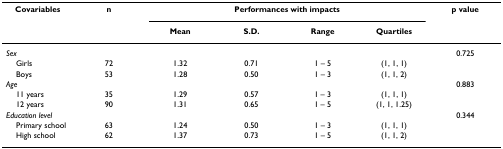
| Covariables | n | <COLSPAN=4> Performances with impacts | p value |
 |  |  | Mean | S.D. | Range | Quartiles |  |
 | --- | --- | --- | --- | --- | --- | --- |
 | Sex |  |  |  |  |  | 0.725 |
 | Girls | 72 | 1.32 | 0.71 | 1 – 5 | (1, 1, 1) |  |
 | Boys | 53 | 1.28 | 0.50 | 1 – 3 | (1, 1, 2) |  |
 | Age |  |  |  |  |  | 0.883 |
 | 11 years | 35 | 1.29 | 0.57 | 1 – 3 | (1, 1, 1) |  |
 | 12 years | 90 | 1.31 | 0.65 | 1 – 5 | (1, 1, 1.25) |  |
 | Education level |  |  |  |  |  | 0.344 |
 | Primary school | 63 | 1.24 | 0.50 | 1 – 3 | (1, 1, 1) |  |
 | High school | 62 | 1.37 | 0.73 | 1 – 5 | (1, 1, 2) |  |